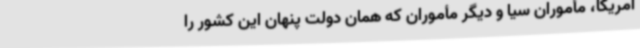
آمریکا، مأموران سیا و دیگر مأموران که همان دولت پنهان این کشور را